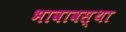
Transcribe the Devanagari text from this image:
भावावस्था